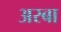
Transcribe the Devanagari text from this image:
अरबा